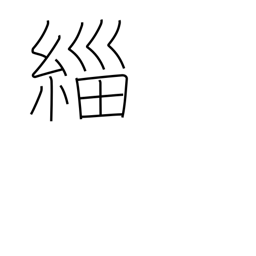
Meaning: black clothing